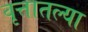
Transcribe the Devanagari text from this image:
वृत्तातल्या